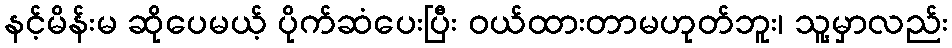
နင့်မိန်းမ ဆိုပေမယ့် ပိုက်ဆံပေးပြီး ဝယ်ထားတာမဟုတ်ဘူး၊ သူ့မှာလည်း